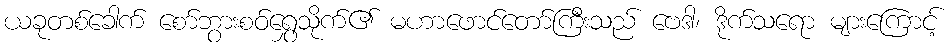
ယခုတစ်ခေါက် စော်ဘွားစဝ်ရွှေသိုက်၏ မဟာဖောင်တော်ကြီးသည် ဗေဒါ၊ ဒိုက်သရော များကြောင့်